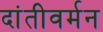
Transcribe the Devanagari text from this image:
दांतीवर्मन